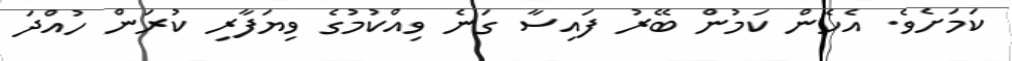
ކަމަށެވެ. އެހެން ކަމުން ބޭރު ފައިސާ ގަނެ ވިއްކުމުގެ ވިޔަފާރި ކުރަން ހުއްދަ